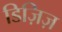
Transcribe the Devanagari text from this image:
डिज़िज़